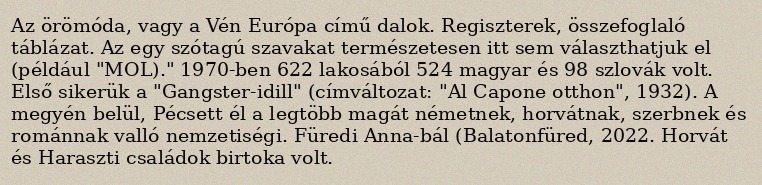
Az örömóda, vagy a Vén Európa című dalok. Regiszterek, összefoglaló táblázat. Az egy szótagú szavakat természetesen itt sem választhatjuk el (például "MOL)." 1970-ben 622 lakosából 524 magyar és 98 szlovák volt. Első sikerük a "Gangster-idill" (címváltozat: "Al Capone otthon", 1932). A megyén belül, Pécsett él a legtöbb magát németnek, horvátnak, szerbnek és románnak valló nemzetiségi. Füredi Anna-bál (Balatonfüred, 2022. Horvát és Haraszti családok birtoka volt.